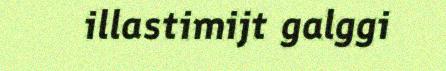
illastimijt galggi